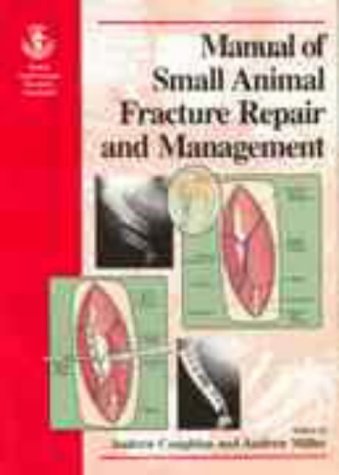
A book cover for Bsava Manual of Small Animal Fracture Repair & Management; Medical Books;